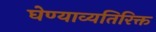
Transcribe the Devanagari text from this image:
घेण्याव्यतिरिक्त